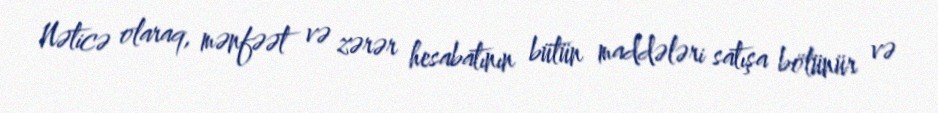
Nəticə olaraq, mənfəət və zərər hesabatının bütün maddələri satışa bölünür və